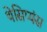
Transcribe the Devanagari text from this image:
थेसिप्यंस